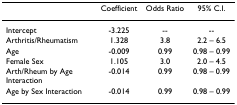
|  | Coefficient | Odds Ratio | 95% C.I. |
 | --- | --- | --- | --- |
 | Intercept | -3.225 | -- | -- |
 | Arthritis/Rheumatism | 1.328 | 3.8 | 2.2 – 6.5 |
 | Age | -0.009 | 0.99 | 0.98 – 0.99 |
 | Female Sex | 1.105 | 3.0 | 2.0 – 4.5 |
 | Arth/Rheum by Age Interaction | -0.014 | 0.99 | 0.98 – 0.99 |
 | Age by Sex Interaction | -0.014 | 0.99 | 0.98 – 0.99 |